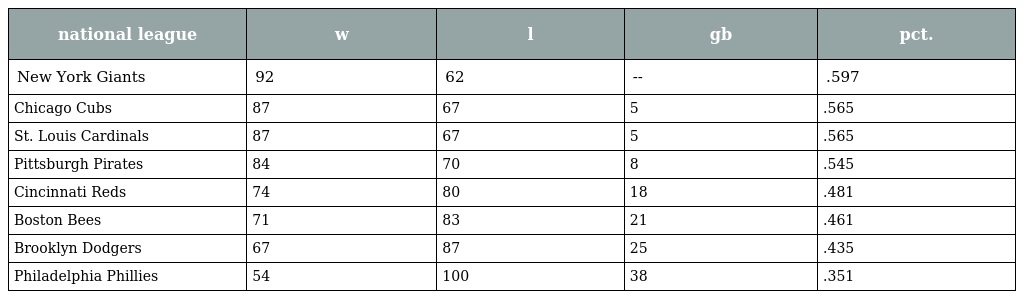
| national league | w | l | gb | pct. |
 | --- | --- | --- | --- | --- |
 | New York Giants | 92 | 62 | -- | .597 |
 | Chicago Cubs | 87 | 67 | 5 | .565 |
 | St. Louis Cardinals | 87 | 67 | 5 | .565 |
 | Pittsburgh Pirates | 84 | 70 | 8 | .545 |
 | Cincinnati Reds | 74 | 80 | 18 | .481 |
 | Boston Bees | 71 | 83 | 21 | .461 |
 | Brooklyn Dodgers | 67 | 87 | 25 | .435 |
 | Philadelphia Phillies | 54 | 100 | 38 | .351 |